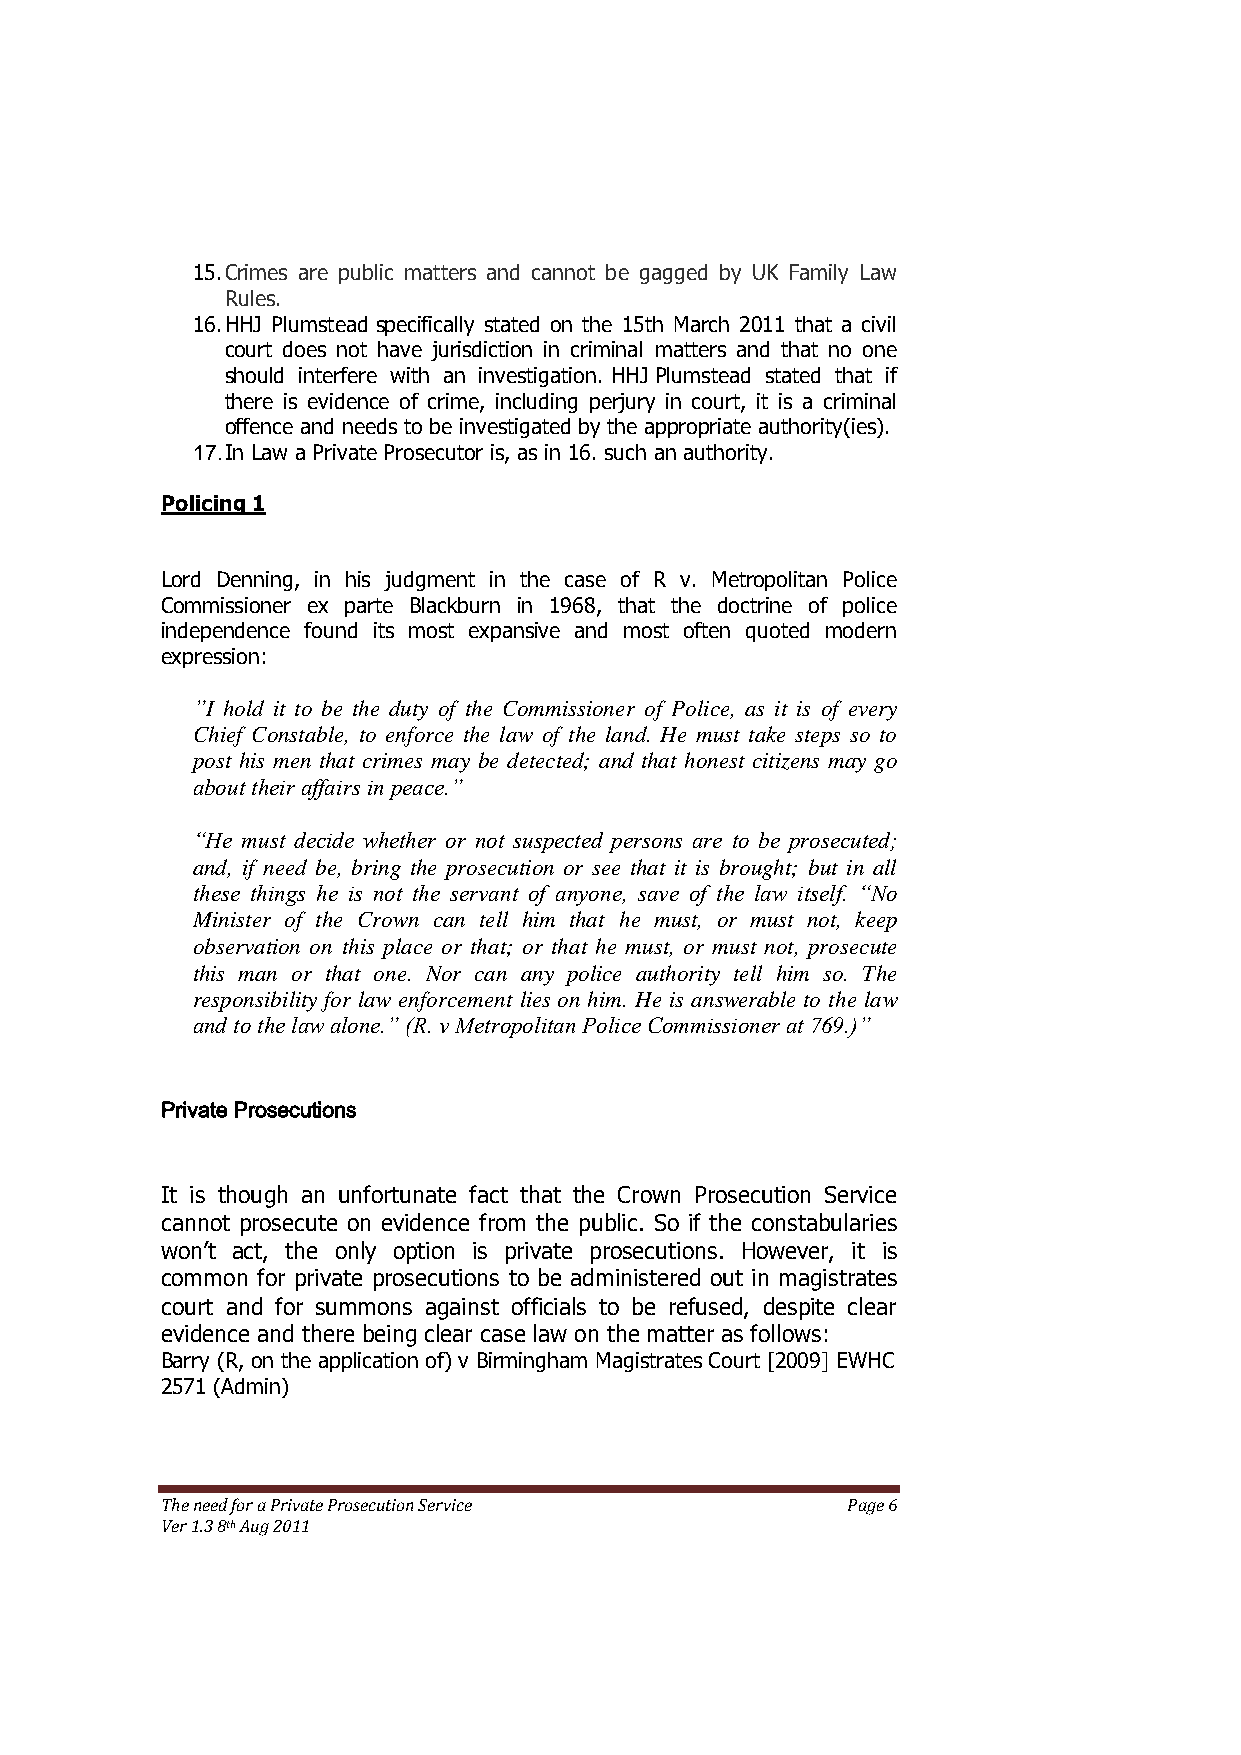
15. Crimes are public matters and cannot be gagged by UK Family Law
 Rules.
 16. HHJ Plumstead specifically stated on the 15th March 2011 that a civil
 court does not have jurisdiction in criminal matters and that no one
 should interfere with an investigation. HHJ Plumstead stated that if
 there is evidence of crime, including perjury in court, it is a criminal
 offence and needs to be investigated by the appropriate authority(ies).
 17. In Law a Private Prosecutor is, as in 16. such an authority.
 Policing 1
 Lord Denning, in his judgment in the case of R v. Metropolitan Police
 Commissioner ex parte Blackburn in 1968, that the doctrine of police
 independence found its most expansive and most often quoted modern
 expression:
 ”I hold it to be the duty of the Commissioner of Police, as it is of every
 Chief Constable, to enforce the law of the land. He must take steps so to
 post his men that crimes may be detected; and that honest citizens may go
 about their affairs in peace.”
 “He must decide whether or not suspected persons are to be prosecuted;
 and, if need be, bring the prosecution or see that it is brought; but in all
 these things he is not the servant of anyone, save of the law itself. “No
 Minister of the Crown can tell him that he must, or must not, keep
 observation on this place or that; or that he must, or must not, prosecute
 this man or that one. Nor can any police authority tell him so. The
 responsibility for law enforcement lies on him. He is answerable to the law
 and to the law alone.” (R. v Metropolitan Police Commissioner at 769.)”
 Private Prosecutions
 It is though an unfortunate fact that the Crown Prosecution Service
 cannot prosecute on evidence from the public. So if the constabularies
 won’t act, the only option is private prosecutions. However, it is
 common for private prosecutions to be administered out in magistrates
 court and for summons against officials to be refused, despite clear
 evidence and there being clear case law on the matter as follows:
 Barry (R, on the application of) v Birmingham Magistrates Court [2009] EWHC
 2571 (Admin)
 The need for a Private Prosecution Service   Page 6
 Ver 1.3 8th Aug 2011